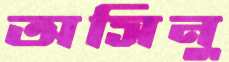
অসিনু